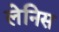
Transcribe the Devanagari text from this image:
लेनिस